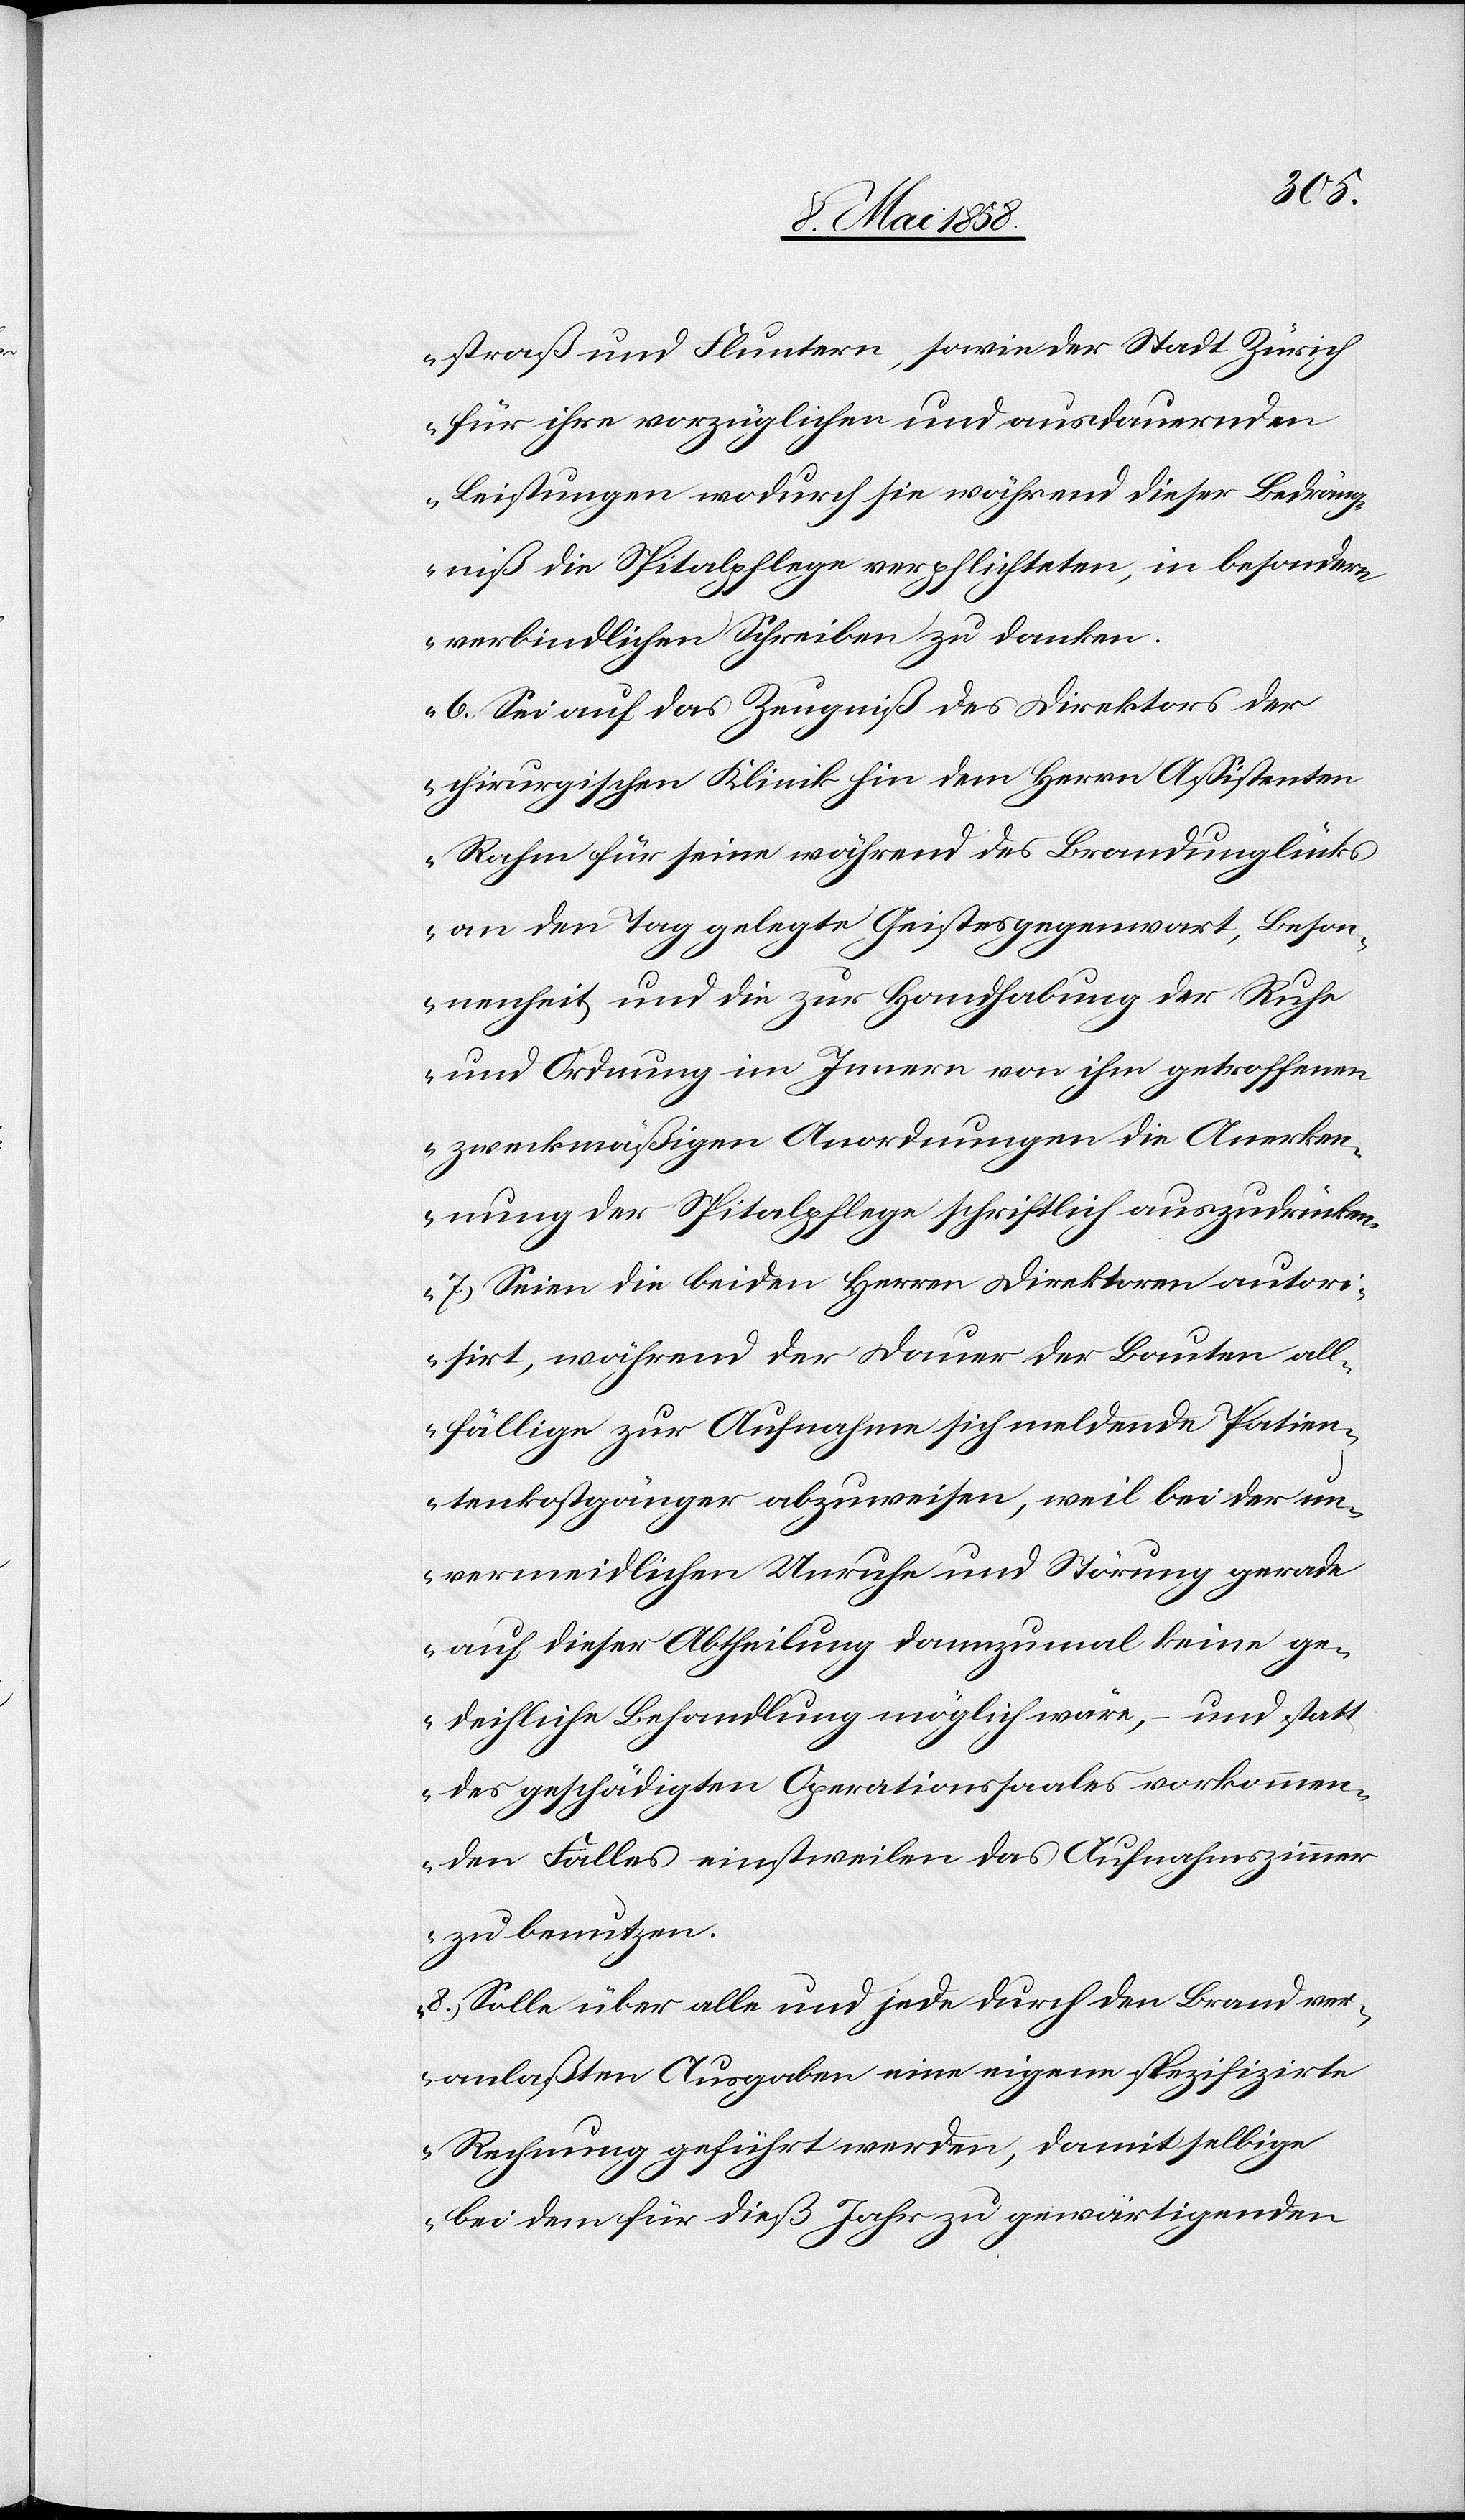
straß und Fluntern, sowie der Stadt Zürich
für ihre vorzüglichen und ausdauernden
Leistungen wodurch sie während dieser Bedräng¬
niß die Spitalpflege verpflichteten, in besondern
verbindlichen Schreiben zu danken.
6. Sei auf das Zeugniß des Direktors der
chirurgischen Klinik hin dem Herrn Assistenten
Rahm für seine während des Brandunglücks
an den Tag gelegte Geistesgegenwart, Beson¬
nenheit und die zur Handhabung der Ruhe
und Ordnung im Innern von ihm getroffenen
zweckmäßigen Anordnungen die Anerken¬
nung der Spitalpflege schriftlich auszudrücken.
7. Seien die beiden Herren Direktoren autori¬
sirt, während der Dauer der Bauten all¬
fällige zur Aufnahme sich meldende Patien¬
tenkostgänger abzuweisen, weil bei der un¬
vermeidlichen Unruhe und Störung gerade
auf dieser Abtheilung dannzumal keine ge¬
deihliche Behandlung möglich wäre, und statt
des geschädigten Operationssaales vorkommen¬
den Falles einstweilen das Aufnahmszimmer
zu benutzen.
8. Solle über alle und jede durch den Brand ver¬
anlaßten Ausgaben eine eigene spezifizirte
Rechnung geführt werden, damit selbige
bei dem für dieß Jahr zu gewärtigenden